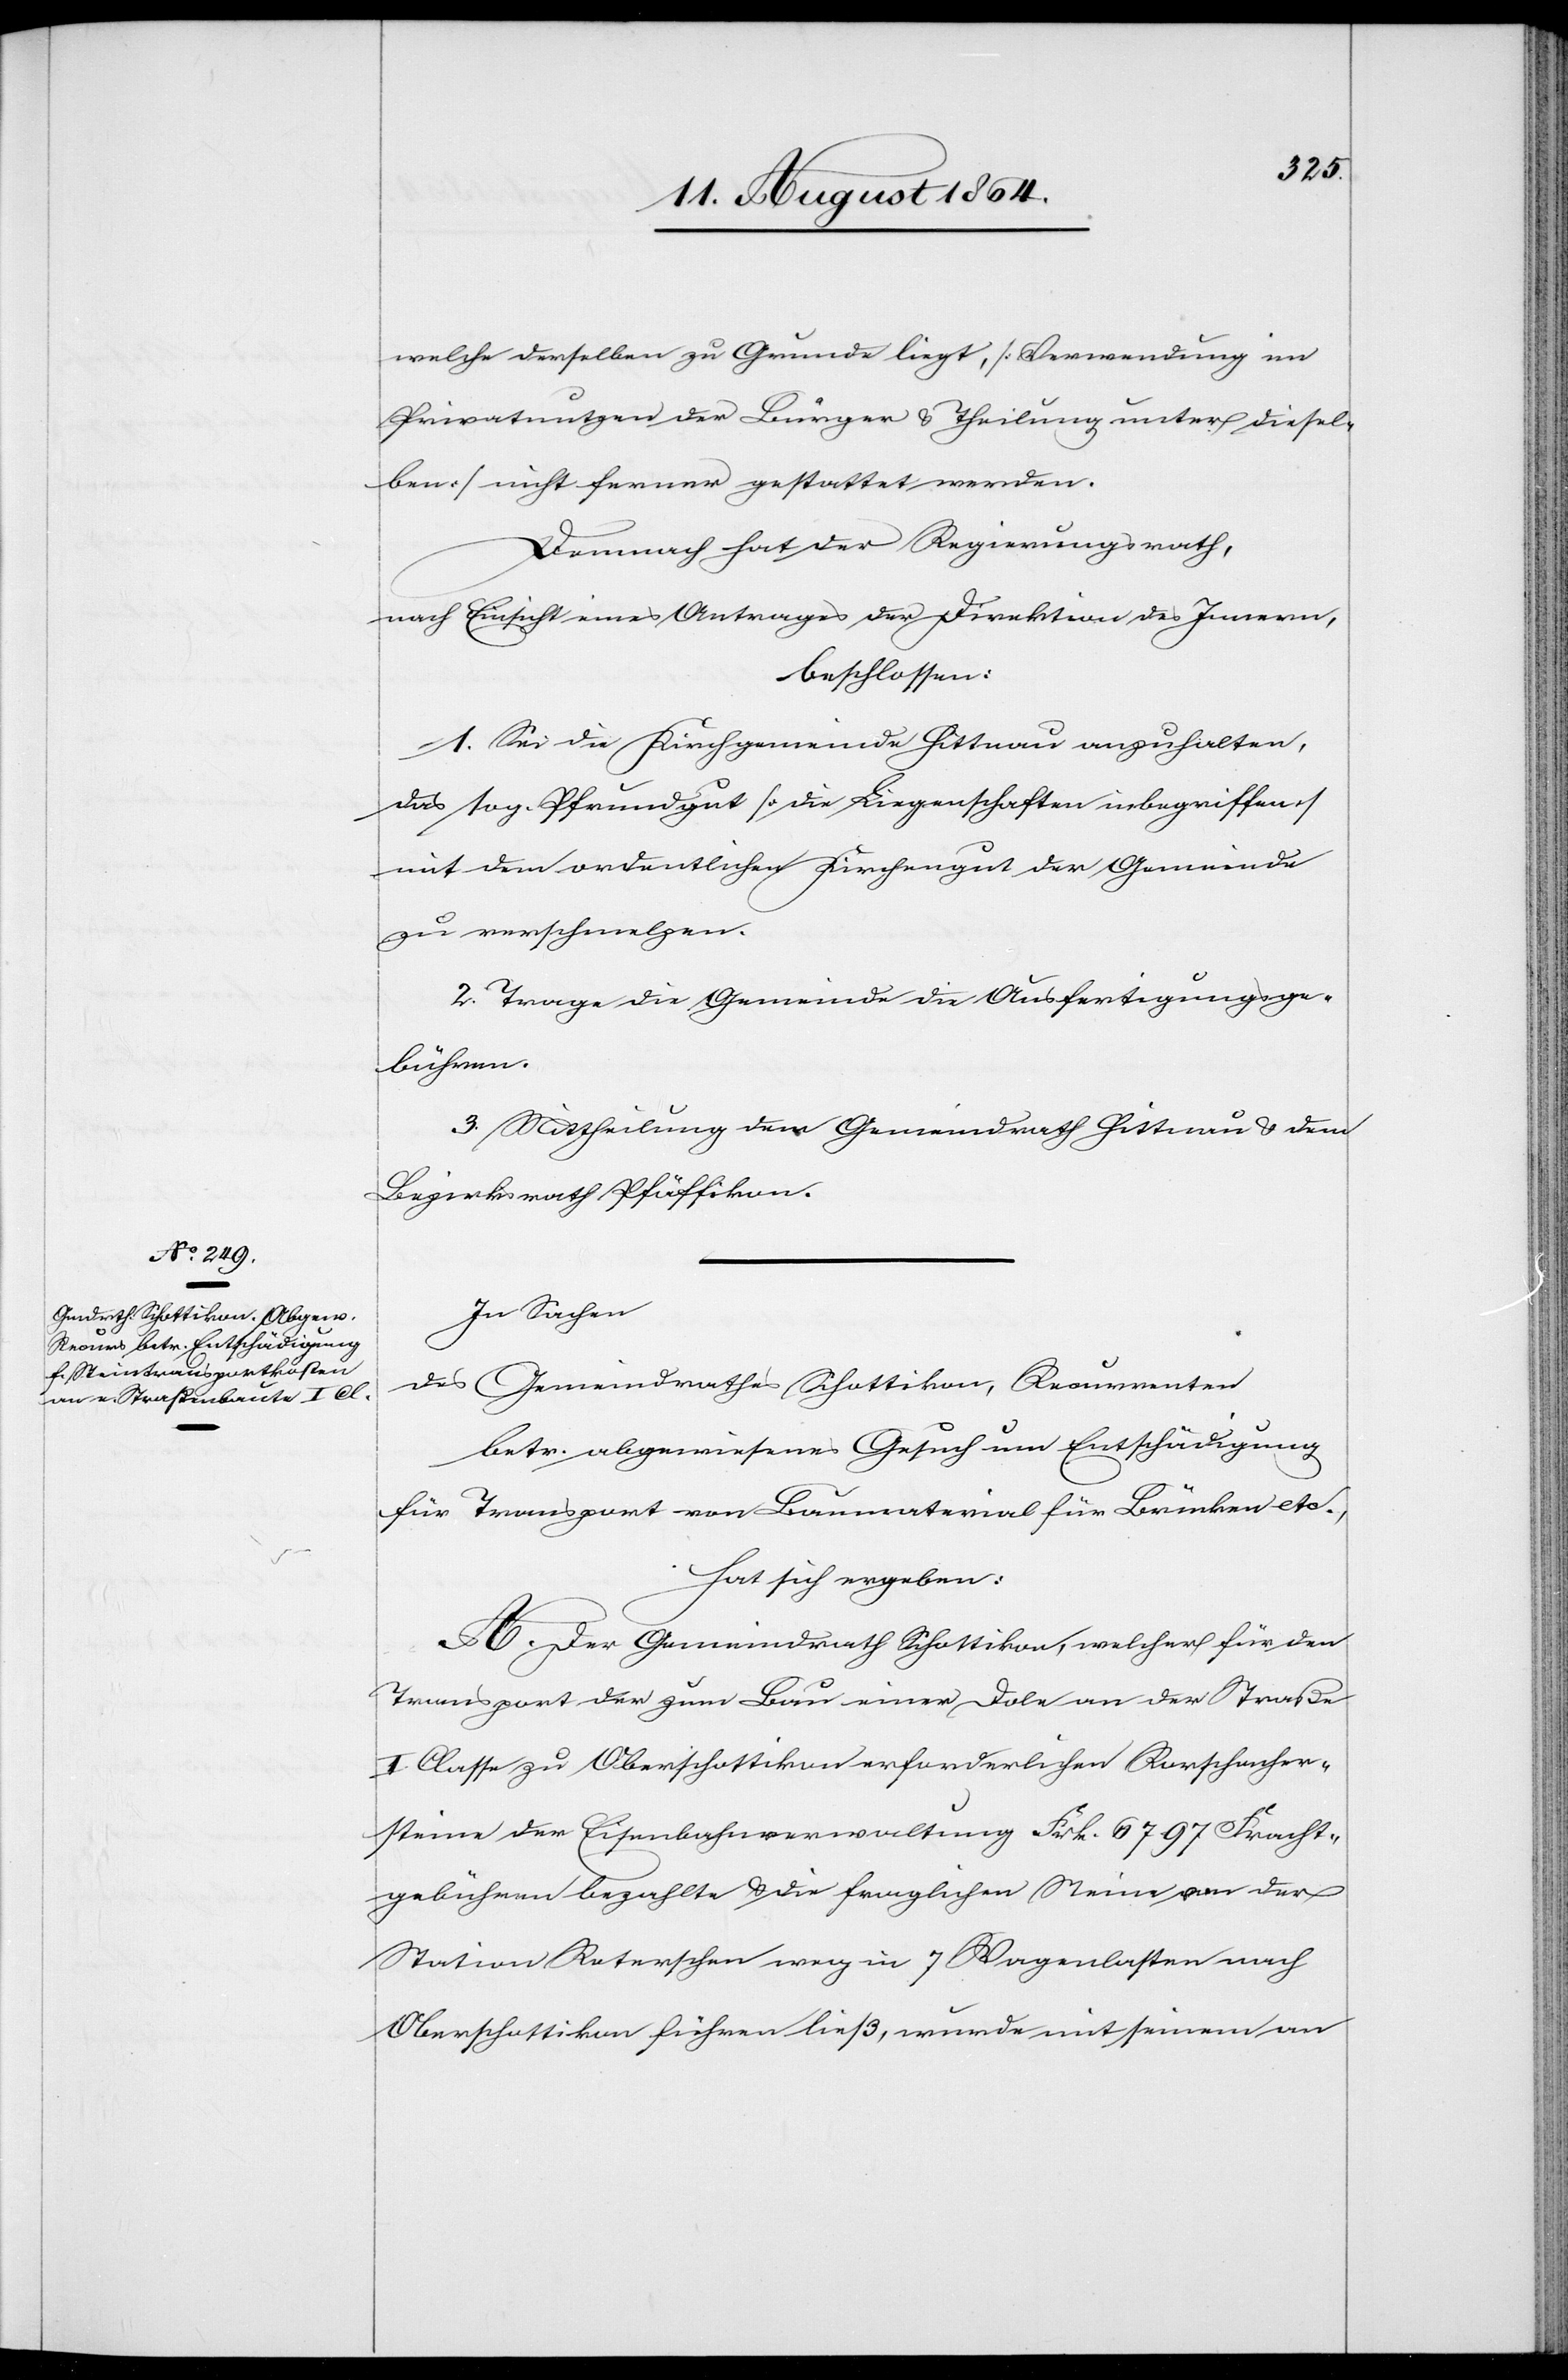
welche derselben zu Grunde liegt, [Verwendung im
Privatnutzen der Bürger & Theilung unter diesel¬
ben] nicht ferner gestattet werden.
Demnach hat der Regierungsrath,
nach Einsicht eines Antrages der Direktion des Innern,
beschlossen:
1. Sei die Kirchgemeinde Hittnau anzuhalten,
das sog. Pfrundgut [die Liegenschaft inbegriffen]
mit dem ordentlichen Kirchengut der Gemeinde
zu verschmelzen.
2. Trage die Gemeinde die Ausfertigungsge¬
bühren.
3. Mittheilung dem Gemeindrath Hittnau & dem
Bezirksrath Pfäffikon.
In Sachen
des Gemeindrathes Schottikon, Recurrenten
betr. abgewiesenes Gesuch um Entschädigung
für Transport von Baumaterial für Brücken etc.,
hat sich ergeben:
A. Der Gemeindrath Schottikon, welcher für den
Transport der zum Bau einer Dole an der Straße
I. Classe zu Oberschottikon erforderlichen Rorschacher¬
steine der Eisenbahnverwaltung Frk. 67.97 Transpor¬
tgebühren bezahlte & die fraglichen Steine von der
Station Reterschen weg in 7 Wagenlasten nach
Oberschottikon führen ließ, wurde mit seinem an